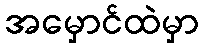
အမှောင်ထဲမှာ